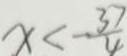
x < - \frac { 3 7 } { 4 }